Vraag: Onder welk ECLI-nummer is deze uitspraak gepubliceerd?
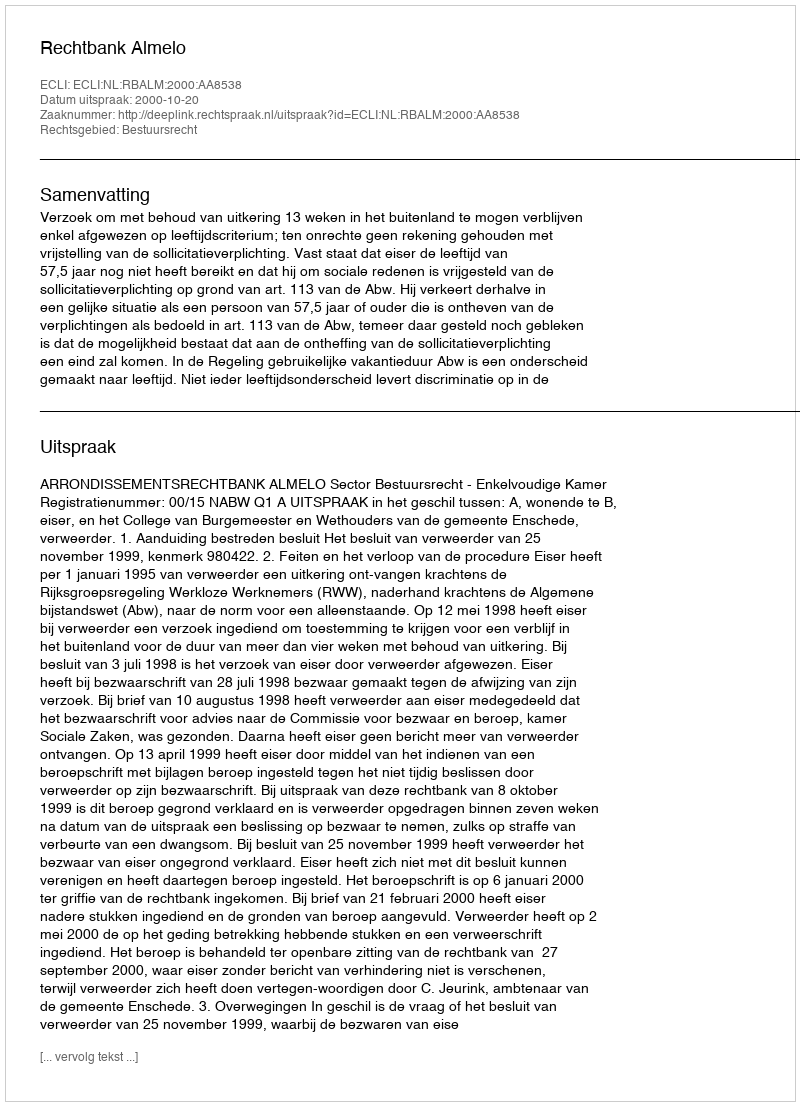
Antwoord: ECLI:NL:RBALM:2000:AA8538